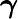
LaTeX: {\boldsymbol\gamma}